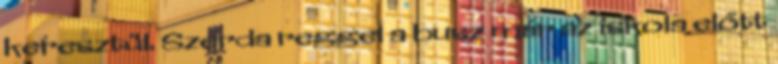
keresztül. Szerda reggel a busz már az iskola előtt